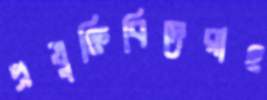
প্রযুক্তিবিদেরাও